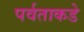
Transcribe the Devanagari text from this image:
पर्वताकडे